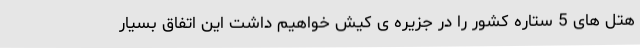
هتل های 5 ستاره کشور را در جزیره ی کیش خواهیم داشت این اتفاق بسیار